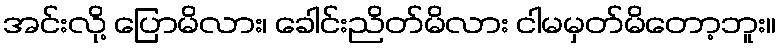
အင်းလို့ ပြောမိလား၊ ခေါင်းညိတ်မိလား ငါမမှတ်မိတော့ဘူး။